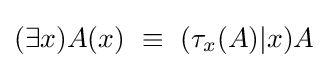
(\exists x)A(x)\ \equiv \ (\tau _{x}(A)|x)A